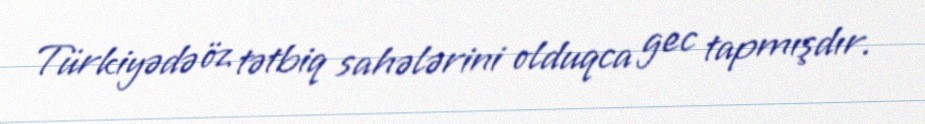
Türkiyədə öz tətbiq sahələrini olduqca gec tapmışdır.